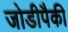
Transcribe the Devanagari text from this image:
जोडीपैकी